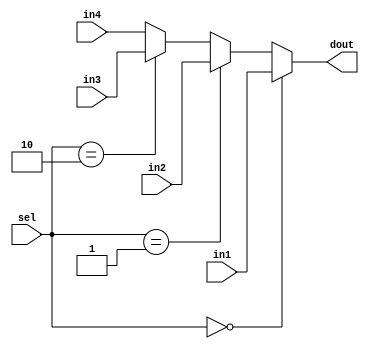
module mux4_1 (in1, in2, in3, in4, sel, dout);
    input wire [1:0] in1, in2, in3, in4;
    input wire [1:0] sel;
    output wire [1:0] dout;
    assign dout = (sel == 0) ? in1 : (sel == 1) ? in2 : (sel == 2) ? in3 : in4;

endmodule